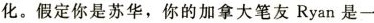
化.假定你是苏华,你的加拿大笔友Ryan是一